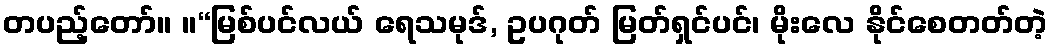
တပည့်တော်။ ။“မြစ်ပင်လယ် ရေသမုဒ်, ဥပဂုတ် မြတ်ရှင်ပင်၊ မိုးလေ နိုင်စေတတ်တဲ့